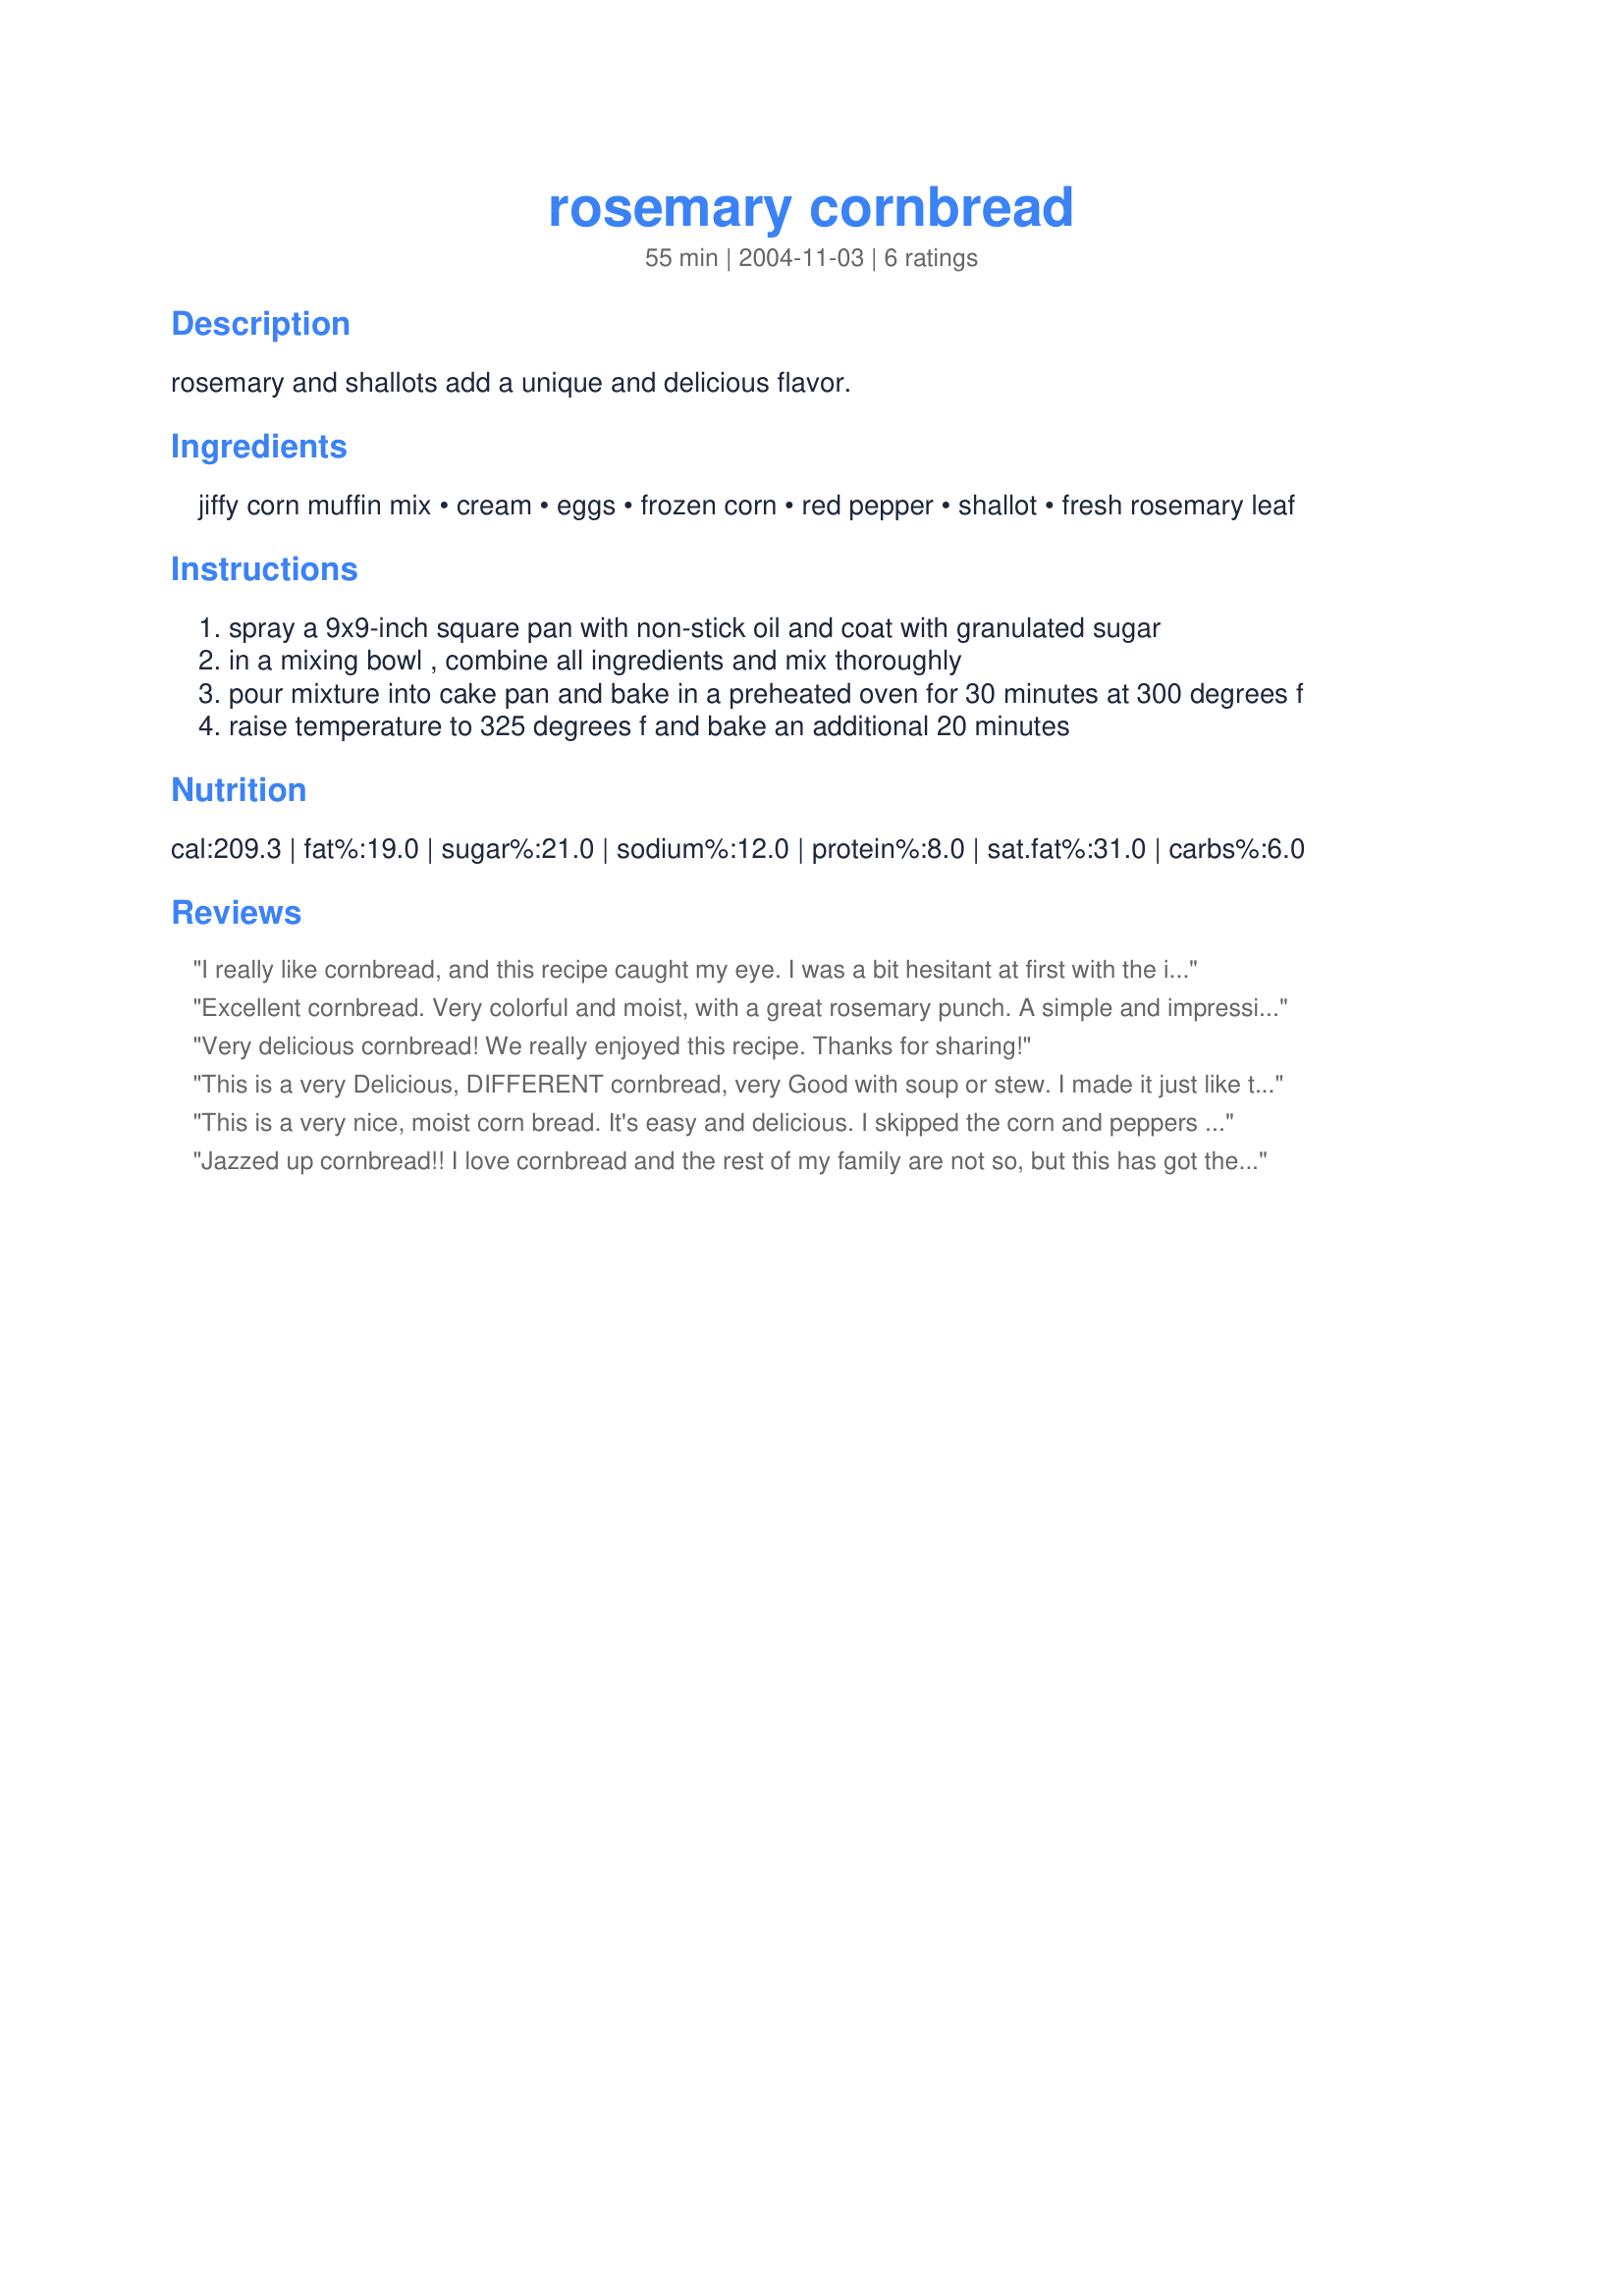
rosemary cornbread
Preparation time: 55 minutes

rosemary and shallots add a unique and delicious flavor.

Ingredients:
jiffy corn muffin mix, cream, eggs, frozen corn, red pepper, shallot, fresh rosemary leaf

Steps:
spray a 9x9-inch square pan with non-stick oil and coat with granulated sugar
in a mixing bowl , combine all ingredients and mix thoroughly
pour mixture into cake pan and bake in a preheated oven for 30 minutes at 300 degrees f
raise temperature to 325 degrees f and bake an additional 20 minutes

Reviews:
I really like cornbread, and this recipe caught my eye. I was a bit hesitant at first with the ingredients, but I am glad that I took the chance and made this, and others should definetely try this as well. Very different from the "normal" cornbread, but a great addition to any meal! Thanks!
Excellent cornbread. Very colorful and moist, with a great rosemary punch. A simple and impressive way to "dress up" corn muffin mix.
Very delicious cornbread! We really enjoyed this recipe. Thanks for sharing!
This is a very Delicious, DIFFERENT cornbread, very Good with soup or stew. I made it just like the recipe said, didn't change a thing. I served it with a salad. Baby back ribs,baked sweet potatoes, & green beans. everyone liked the cornbread, I am looking forward to having the left overs with soup. Thank you KelBel for the recipe.
This is a very nice, moist corn bread. It's easy and delicious. I skipped the corn and peppers and it still had great flavor with rosemary and shallots. Thanks, KelBel.
Jazzed up cornbread!! I love cornbread and the rest of my family are not so, but this has got their attention. Full of flavor and we all love rosemary and its just perfect in this recipe. I used my last box of jiffy but can't wait to get some more. I would like to try making this in a 8x8 pan to get a thicker cornbread in a 9x9 glass baking dish mine baked for 30 minutes at 300 and the full 20 at 325. I found raising the temp to 325 browned the top just perfectly. Thanks for sharing this recipe.
